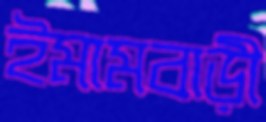
ইমামবাড়ী